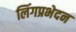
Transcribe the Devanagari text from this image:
लिंगप्रभेदन